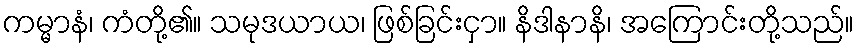
ကမ္မာနံ၊ ကံတို့၏။ သမုဒယာယ၊ ဖြစ်ခြင်းငှာ။ နိဒါနာနိ၊ အကြောင်းတို့သည်။